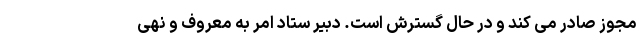
مجوز صادر می کند و در حال گسترش است. دبیر ستاد امر به معروف و نهی